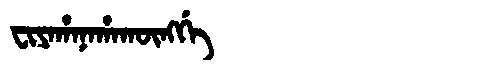
Manchu: ᠸᡳᠶᠠᡥᠠᠨᠠᡥᠠᡴᡡᠩᡤᡝ
Romanization: FIYAHANAHAKŪNGGE